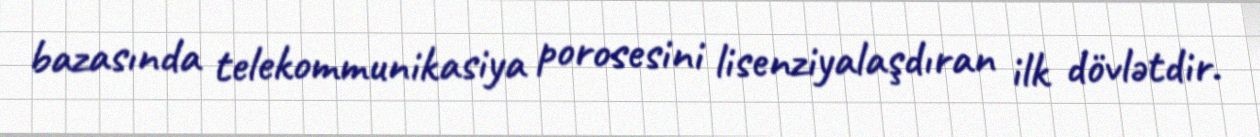
bazasında telekommunikasiya porosesini lisenziyalaşdıran ilk dövlətdir.